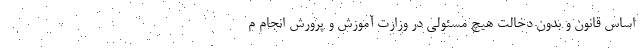
اساس قانون و بدون دخالت هیچ مسئولی در وزارت آموزش و پرورش انجام م